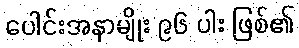
ပေါင်းအနာမျိုး ၉၆ ပါး ဖြစ်၏